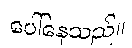
ပေါ်နေသည်။